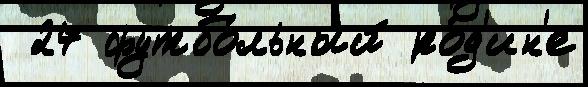
 27 футбо́льный ро́д'ин'е